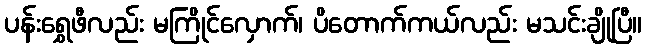
ပန်းရွှေဖီလည်း မကြိုင်လှောက်၊ ပိတောက်ကယ်လည်း မသင်းချိုပြီ။